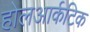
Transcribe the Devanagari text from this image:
होलआर्कटिक